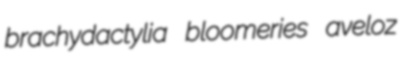
brachydactylia bloomeries aveloz